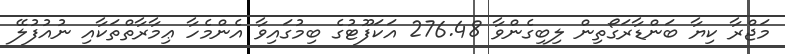
މަޖްރާ ކިޔާ ބަންޑާރަގޯތިން ލިބިގެންވާ 276.48 އަކަފޫޓުގެ ބިމުގައިވާ އެންމެހާ ޢިމާރާތްތަކާއި ނުއުފުލޭ